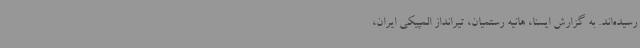
رسیده‌اند. به گزارش ایسنا، هانیه رستمیان، تیرانداز المپیکی ایران،